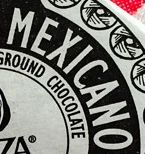
MEXICANO